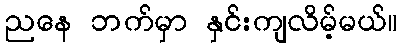
ညနေ ဘက်မှာ နှင်းကျလိမ့်မယ်။